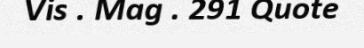
Vis . Mag . 291 Quote